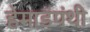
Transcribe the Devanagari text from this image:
हेमाडंपंथी